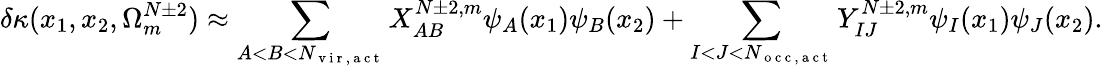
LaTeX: \delta\kappa(x_{1},x_{2},\Omega_{m}^{N\pm 2})\approx\sum_{A<B<N_{\mathrm{~v~i~r~,~a~c~t~}}}X_{AB}^{N\pm 2,m}\psi_{A}(x_{1})\psi_{B}(x_{2})+\sum_{I<J<N_{\mathrm{~o~c~c~,~a~c~t~}}}Y_{IJ}^{N\pm 2,m}\psi_{I}(x_{1})\psi_{J}(x_{2}).